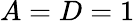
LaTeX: A=D=1